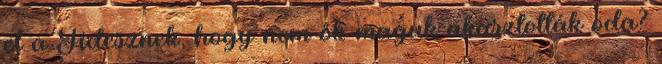
el a Fidesznek, hogy nem ők maguk akasztották oda?